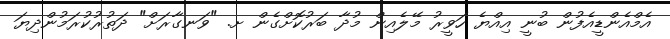
އެމްއެންޑީއެފުން ބުނީ އިއްޔެ ހަވީރު މޭލެއިން މުދާ ބަރުކޮށްގެން ށ. "ވަނގާރަށް" ދަތުރުކުރަމުންދިޔަ